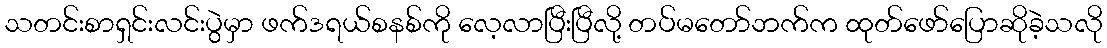
သတင်းစာရှင်းလင်းပွဲမှာ ဖက်ဒရယ်စနစ်ကို လေ့လာပြီးပြီလို့ တပ်မတော်ဘက်က ထုတ်ဖော်ပြောဆိုခဲ့သလို